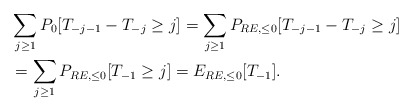
\begin{align*} &\sum_{j\geq1}P_0[T_{-j-1}-T_{-j}\geq j]=\sum_{j\geq1}P_{RE,\leq0}[T_{-j-1}-T_{-j}\geq j]\\ &=\sum_{j\geq1}P_{RE,\leq0}[T_{-1}\geq j]=E_{RE,\leq0}[T_{-1}]. \end{align*}